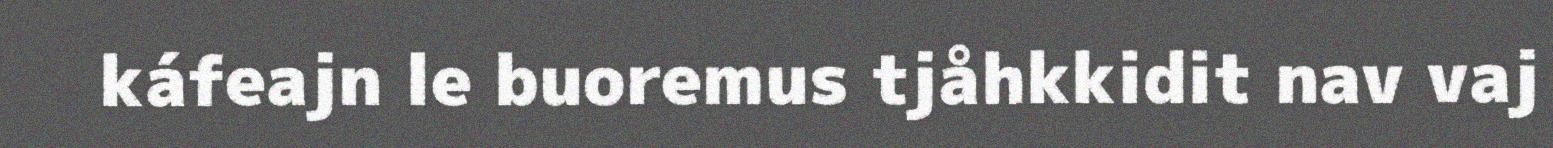
káfeajn le buoremus tjåhkkidit nav vaj